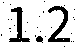
1.2